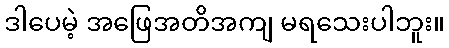
ဒါပေမဲ့ အဖြေအတိအကျ မရသေးပါဘူး။